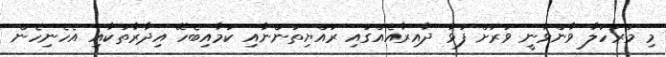
މި މަރުހަލާ ވާންވާނީ ވަރަށް ފުޅާ ދާއިރާއެއްގައި ރައްޔިތުންނާއި ކަމާއިބެހޭ އިދާރާތަކާއި އެހެނިހެން